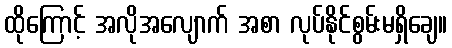
ထိုကြောင့် အလိုအလျောက် အစာ လုပ်နိုင်စွမ်းမရှိချေ။